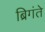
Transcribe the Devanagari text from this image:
ब्रिगंते